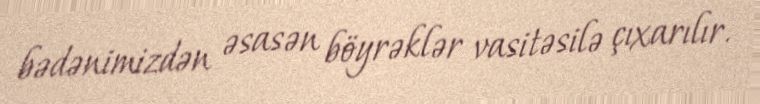
bədənimizdən əsasən böyrəklər vasitəsilə çıxarılır.